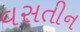
વસતીન